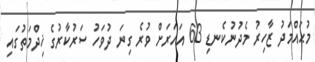
މުޙައްމަދު ޒާހިރު މެދުނުކެނޑި 63 އަހަރަށް ވުރެ ގިނަ ދުވަހު ސަރުކާރުގެ ޚިދްމަތުގައި